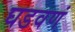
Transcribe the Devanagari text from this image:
घडवणं